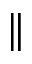
\parallel